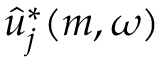
\hat { u } _ { j } ^ { * } ( m , \omega )